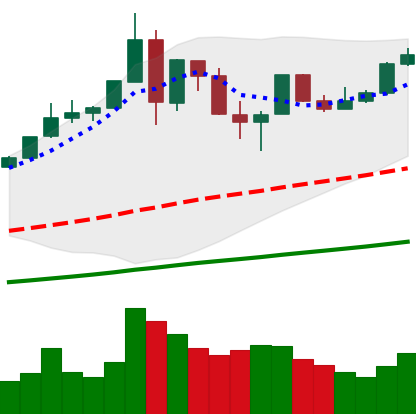
Ticker: BTC-USD
Chart end date: 2019-07-09
Forward return: -18.433%
Label: down_7plus